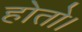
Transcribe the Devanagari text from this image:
होतो।